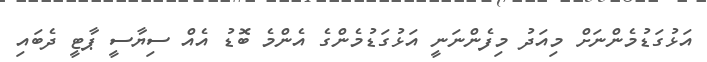
އަޅުގަޑުމެންނަށް މިއަދު މިފެންނަނީ އަޅުގަޑުމެންގެ އެންމެ ބޮޑު އެއް ސިޔާސީ ޕާޓީ ދެބައި